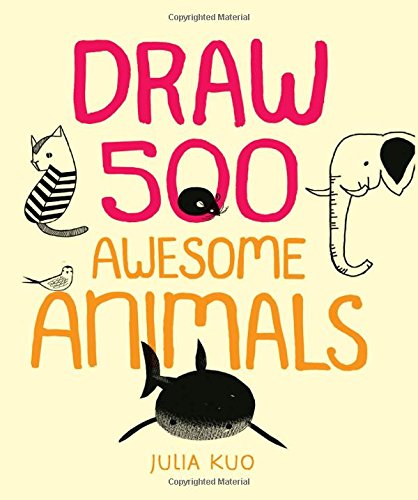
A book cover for Draw 500 Awesome Animals: A Sketchbook for Artists, Designers, and Doodlers; Julia Kuo; Arts & Photography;